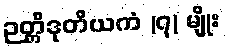
ဉတ္တိဒုတိယကံ (၇) မျိုး